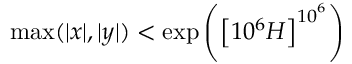
\operatorname* { m a x } ( | x | , | y | ) < \exp \left( \left[ 1 0 ^ { 6 } H \right] ^ { { 1 0 } ^ { 6 } } \right)